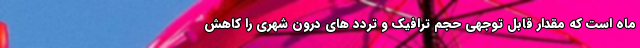
ماه است که مقدار قابل توجهی حجم ترافیک و تردد های درون شهری را کاهش